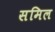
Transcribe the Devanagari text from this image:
समिल